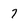
Character: 7